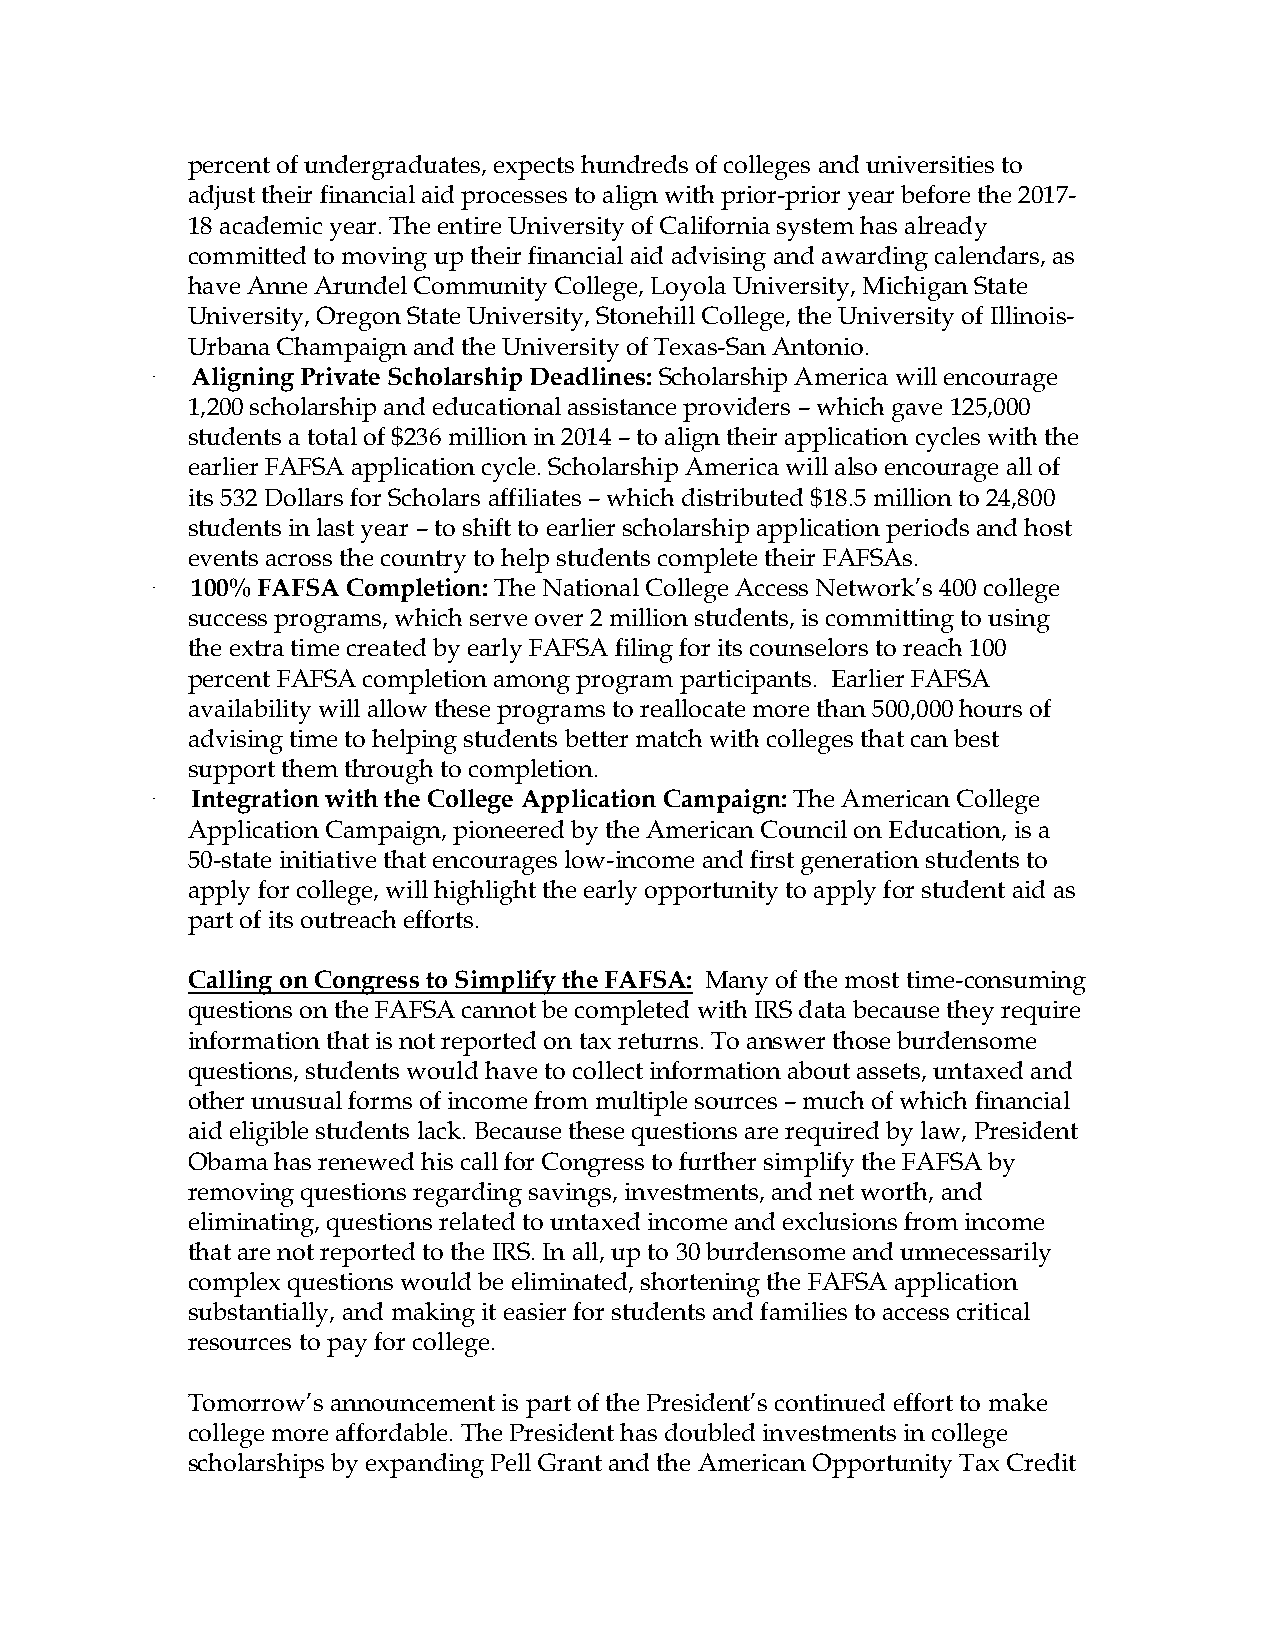
percent of undergraduates, expects hundreds of colleges and universities to
 adjust their financial aid processes to align with prior-prior year before the 2017-
 18 academic year. The entire University of California system has already
 committed to moving up their financial aid advising and awarding calendars, as
 have Anne Arundel Community College, Loyola University, Michigan State
 University, Oregon State University, Stonehill College, the University of Illinois-
 Urbana Champaign and the University of Texas-San Antonio.
 ·  Aligning Private Scholarship Deadlines: Scholarship America will encourage
 1,200 scholarship and educational assistance providers – which gave 125,000
 students a total of $236 million in 2014 – to align their application cycles with the
 earlier FAFSA application cycle. Scholarship America will also encourage all of
 its 532 Dollars for Scholars affiliates – which distributed $18.5 million to 24,800
 students in last year – to shift to earlier scholarship application periods and host
 events across the country to help students complete their FAFSAs.
 ·  100% FAFSA Completion: The National College Access Network’s 400 college
 success programs, which serve over 2 million students, is committing to using
 the extra time created by early FAFSA filing for its counselors to reach 100
 percent FAFSA completion among program participants. Earlier FAFSA
 availability will allow these programs to reallocate more than 500,000 hours of
 advising time to helping students better match with colleges that can best
 support them through to completion.
 ·  Integration with the College Application Campaign: The American College
 Application Campaign, pioneered by the American Council on Education, is a
 50-state initiative that encourages low-income and first generation students to
 apply for college, will highlight the early opportunity to apply for student aid as
 part of its outreach efforts.
 Calling on Congress to Simplify the FAFSA: Many of the most time-consuming
 questions on the FAFSA cannot be completed with IRS data because they require
 information that is not reported on tax returns. To answer those burdensome
 questions, students would have to collect information about assets, untaxed and
 other unusual forms of income from multiple sources – much of which financial
 aid eligible students lack. Because these questions are required by law, President
 Obama has renewed his call for Congress to further simplify the FAFSA by
 removing questions regarding savings, investments, and net worth, and
 eliminating, questions related to untaxed income and exclusions from income
 that are not reported to the IRS. In all, up to 30 burdensome and unnecessarily
 complex questions would be eliminated, shortening the FAFSA application
 substantially, and making it easier for students and families to access critical
 resources to pay for college.
 Tomorrow’s announcement is part of the President’s continued effort to make
 college more affordable. The President has doubled investments in college
 scholarships by expanding Pell Grant and the American Opportunity Tax Credit